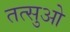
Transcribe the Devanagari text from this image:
तत्सुओ